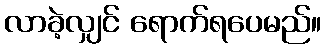
လာခဲ့လျှင် ရောက်ရပေမည်။